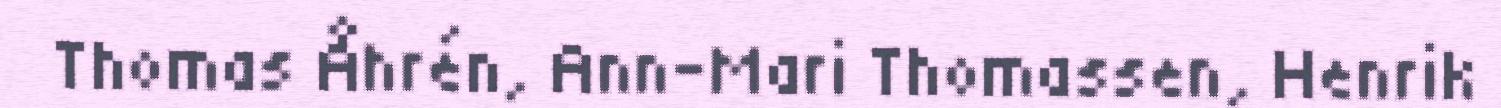
Thomas Åhrén, Ann-Mari Thomassen, Henrik